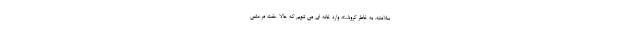
سلامته. به خاطر کرونا...». وارد خانه ای می شویم که حالا عفت مرعشی